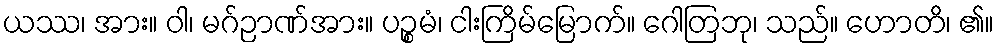
ယဿ၊ အား။ ဝါ၊ မဂ်ဉာဏ်အား။ ပဉ္စမံ၊ ငါးကြိမ်မြောက်။ ဂေါတြဘု၊ သည်။ ဟောတိ၊ ၏။